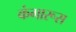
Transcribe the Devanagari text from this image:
कंगारूस